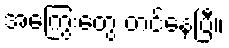
အကြွေးတွေ တင်နေပြီ။